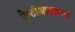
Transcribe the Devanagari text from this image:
ऐन्टीआक्सडन्ट